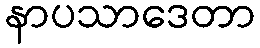
နာပသာဒေတာ